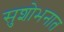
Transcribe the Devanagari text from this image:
सुशोभनात